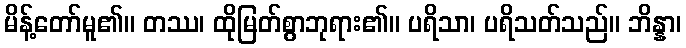
မိန့်တော်မူ၏။ တဿ၊ ထိုမြတ်စွာဘုရား၏။ ပရိသာ၊ ပရိသတ်သည်။ ဘိန္နာ၊